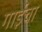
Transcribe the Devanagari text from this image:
गाईचा